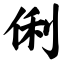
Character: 俐